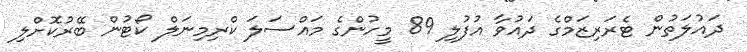
ދައުލަތުން ޓެރަރިޒަމްގެ ދައުވާ އުފުލި 89 މީހުންގެ މައްސަލަ ކްރިމިނަލް ކޯޓުން ބޭރުކޮށްލި